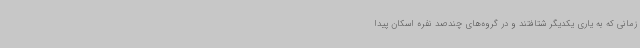
زمانی که به یاری یکدیگر شتافتند و در گروه‌های چندصد نفره اسکان پیدا